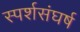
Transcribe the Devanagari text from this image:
स्पर्शसंघर्ष